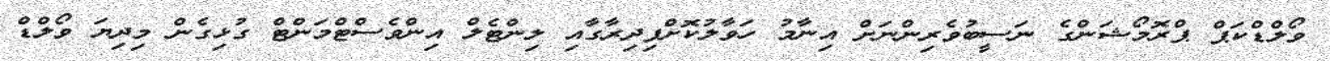
ވޯލްޑްކަޕް ޕްރޮމޯޝަންގެ ނަސީބުވެރިންނަށް އިނާމު ހަވާލުކޮށްފިދިރާގާއި ލިންޓެލް އިންވެސްޓްމަންޓް ގުޅިގެން މިދިޔަ ވޯލްޑް